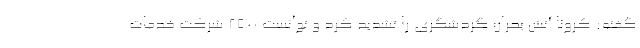
گفته: کرونا آتش بحران گردشگری را تشدید کرد و توانست 2500 شرکت خدمات